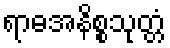
ရာဓအနိစ္စသုတ္တံ